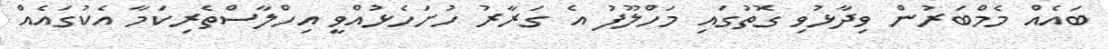
ބައެއް މެމްބަރުން ވިދާޅުވި ގޮތުގައި މަހްލޫފު އެ ގަރާރު ހުށަހެޅުއްވީ އިހްލާސްތެރިކަމާ އެކުގައެއް